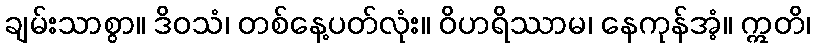
ချမ်းသာစွာ။ ဒိဝသံ၊ တစ်နေ့ပတ်လုံး။ ဝိဟရိဿာမ၊ နေကုန်အံ့။ ဣတိ၊